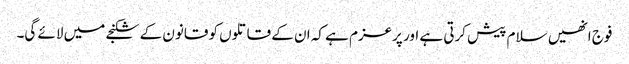
فوج انھیں سلام پیش کرتی ہے اور پرعزم ہے کہ ان کے قاتلوں کو قانون کے شکنجے میں لائے گی۔